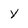
Character: y